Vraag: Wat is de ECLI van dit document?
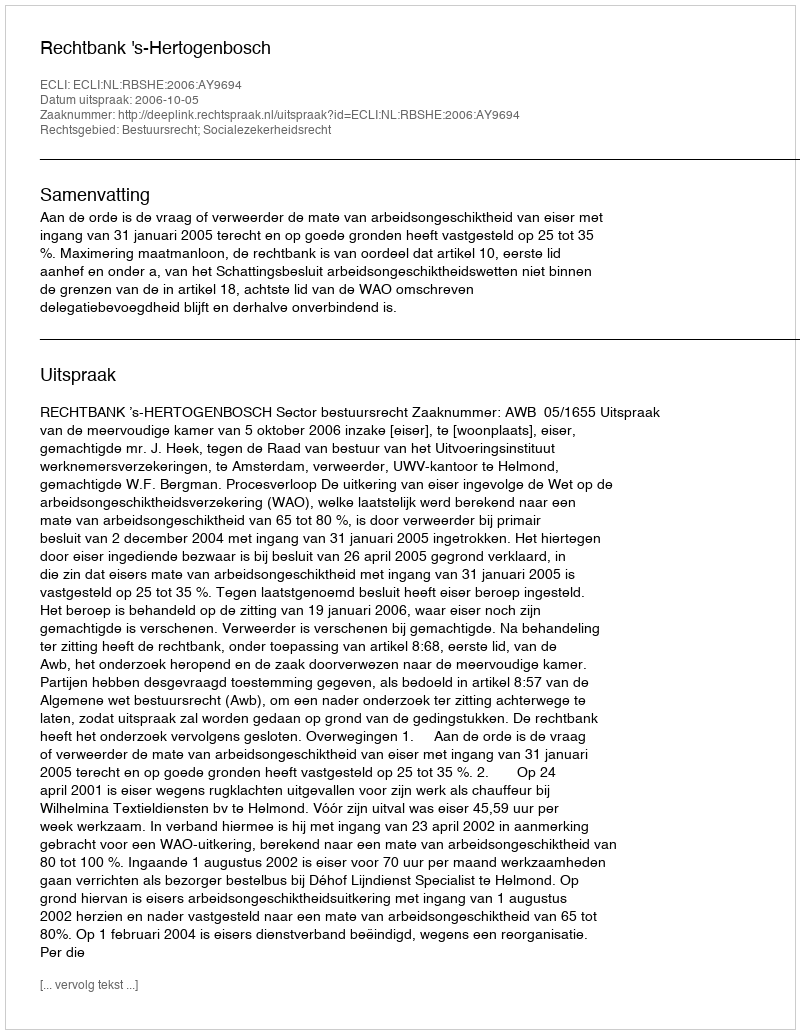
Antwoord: ECLI:NL:RBSHE:2006:AY9694